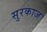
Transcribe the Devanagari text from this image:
सुरकाज